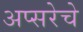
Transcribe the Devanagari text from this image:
अप्सरेचे